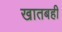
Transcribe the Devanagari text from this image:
खातबही